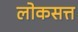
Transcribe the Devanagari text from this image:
लोकसत्त